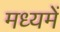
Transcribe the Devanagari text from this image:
मध्‍यमें